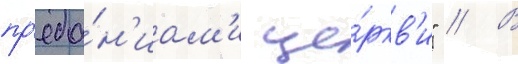
пр'еда́н'иам'и це́ркв'и" // В